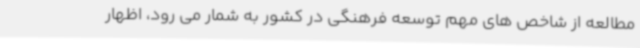
مطالعه از شاخص های مهم توسعه فرهنگی در کشور به شمار می رود، اظهار